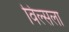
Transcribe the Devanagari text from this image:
विल्सला